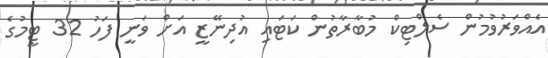
އެއްވަރުވުމުން ސެލްޓިކް މުބާރާތުން ކަޓައި އުދިނޭޒީ އަށް ވަނީ ފަހު 32 ޓީމުގެ